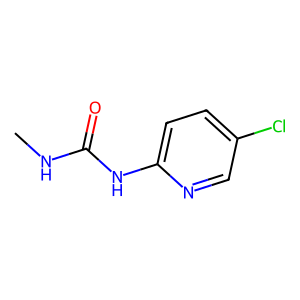
SMILES: CNC(=O)Nc1ccc(Cl)cn1
Inhibits HIV replication: No